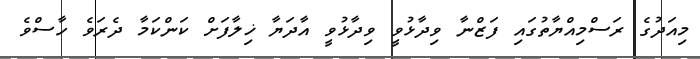
މިއަދުގެ ރަސްމިއްޔާތުގައި ފަޒްނާ ވިދާޅުވީ ވިދާޅުވީ އާދަޔާ ޚިލާފަށް ކަންކަމާ ދެރަވެ ހާސްވެ